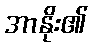
အာနိုး၏